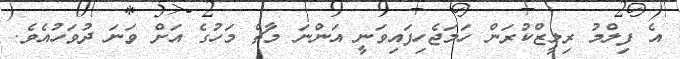
އެެ ފިލްމު ރިލީޒްކުރަން ހަމަޖެހިފައިވަނީ އަންނަ މާޗް މަހުގެ އަށް ވަނަ ދުވަހުއެވެ.